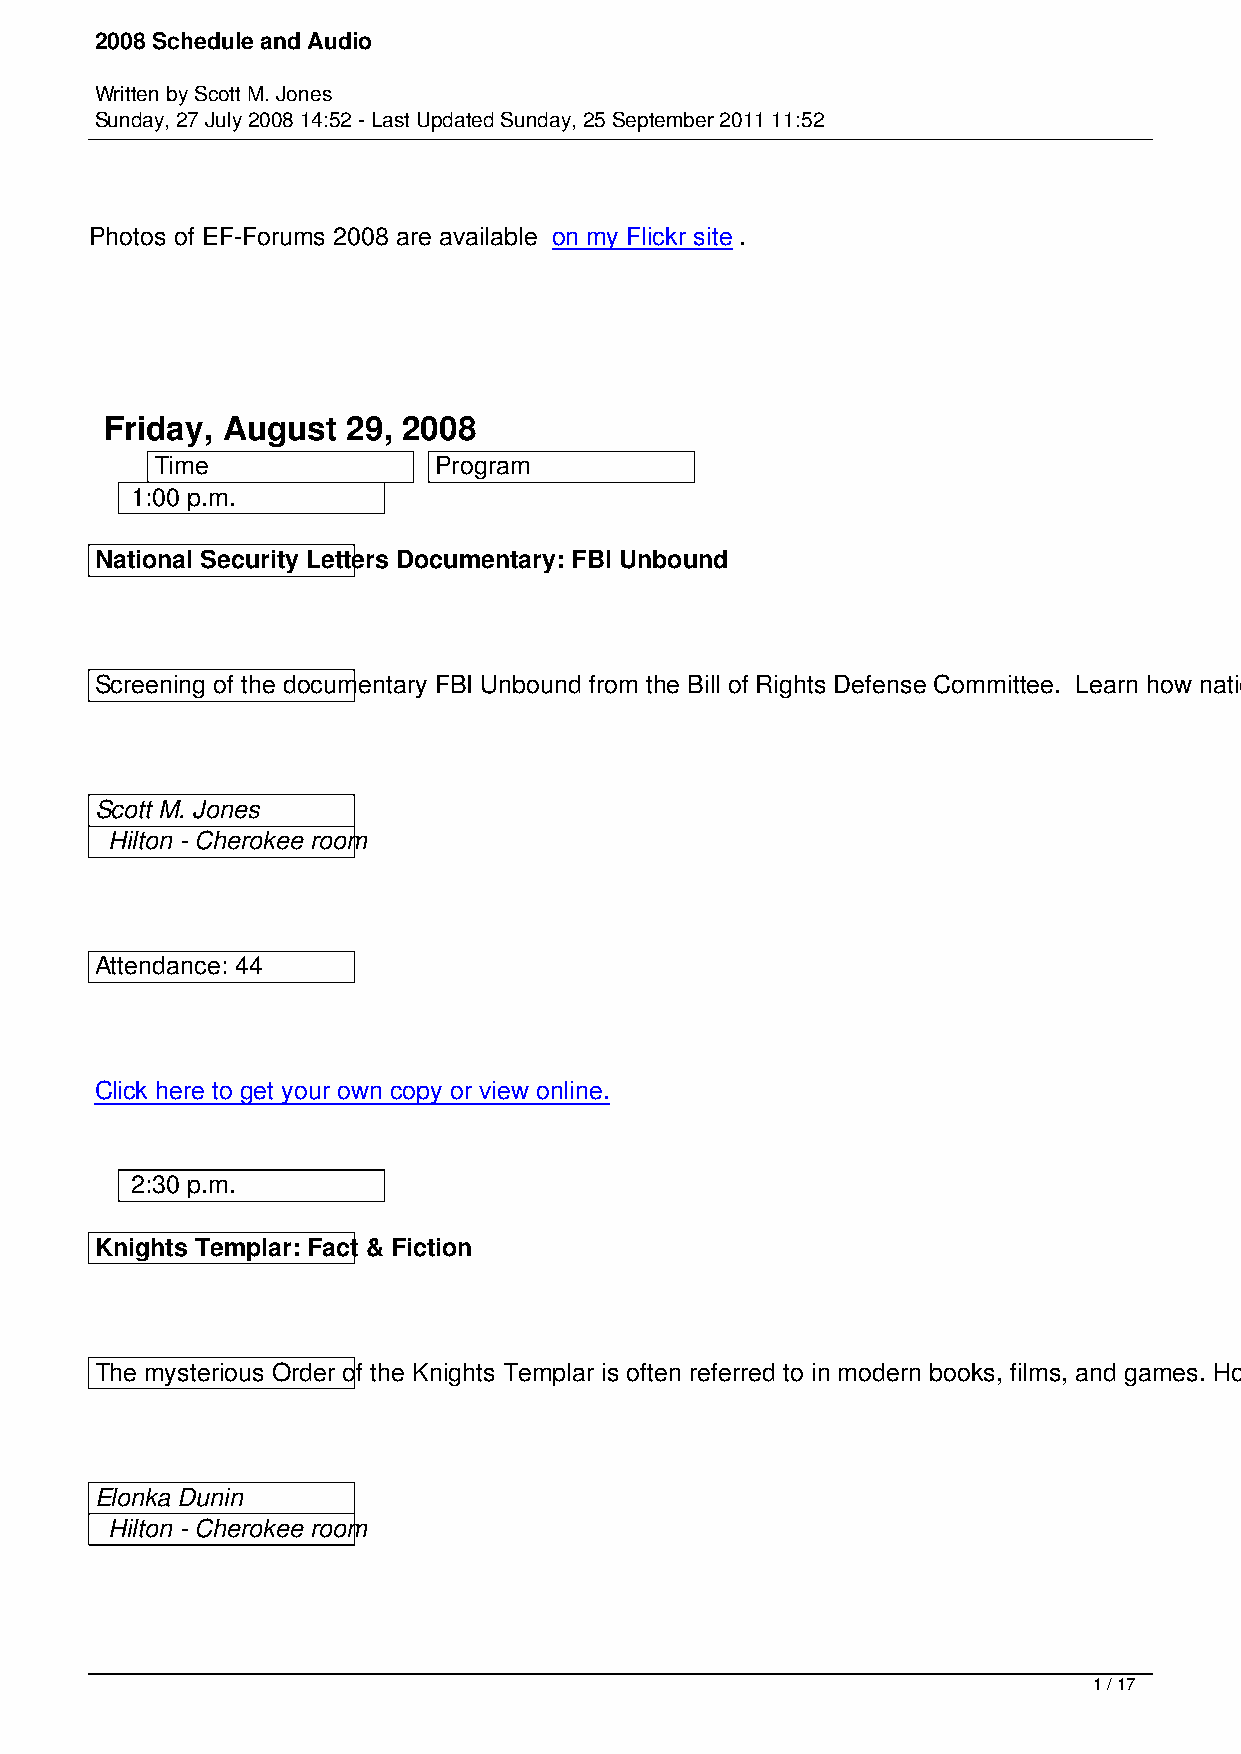
2008 Schedule and Audio
 Written by Scott M. Jones
 Sunday, 27 July 2008 14:52 - Last Updated Sunday, 25 September 2011 11:52
 Photos of EF-Forums 2008 are available on my Flickr site .
 Friday, August  29, 2008
 Time               Program
 1:00 p.m.
 National Security Letters Documentary: FBI Unbound
 Screening of the documentary FBI Unbound from the Bill of Rights Defense Committee. Learn how national security letters are misused, overused, and abused by law enforcement.
 Scott M. Jones
 Hilton - Cherokee room
 Attendance: 44
 Click here to get your own copy or view online.
 2:30 p.m.
 Knights Templar: Fact & Fiction
 The mysterious Order of the Knights Templar is often referred to in modern books, films, and games. How much is known about this organization? Elonka Dunin sifts through the legends to point out what is real and what remains uncertain to this day.
 Elonka Dunin
 Hilton - Cherokee room
 1 / 17